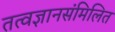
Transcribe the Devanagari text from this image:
तत्वज्ञानसंमिलित